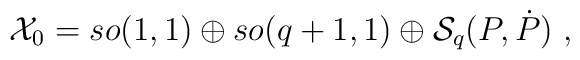
{\cal X}_0 = so(1,1) \oplus so(q+1,1) \oplus {\cal S}_q(P,\dot P)\ ,